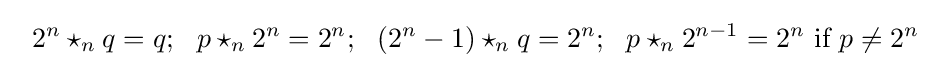
\ \ 2^{n}\star _{n}q=q;\ \ p\star _{n}2^{n}=2^{n};\ \ (2^{n}-1)\star _{n}q=2^{n};\ \ p\star _{n}2^{n-1}=2^{n}{\text{ if }}p\neq 2^{n}